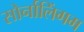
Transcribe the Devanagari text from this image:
सोर्नालिंगम